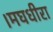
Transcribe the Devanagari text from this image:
।मघधीरा